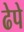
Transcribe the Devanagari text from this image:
ढेपे